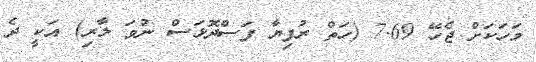
މަހަކަށް ޖެހޭ 7.69 (ހަތް ރުފިޔާ ފަސްދޮޅަސް ނުވަ ލާރި) އަކީ ދެ